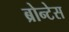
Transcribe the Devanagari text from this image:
ब्रोन्टेस